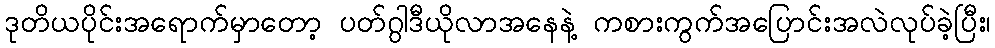
ဒုတိယပိုင်းအရောက်မှာတော့ ပတ်ဂွါဒီယိုလာအနေနဲ့ ကစားကွက်အပြောင်းအလဲလုပ်ခဲ့ပြီး၊